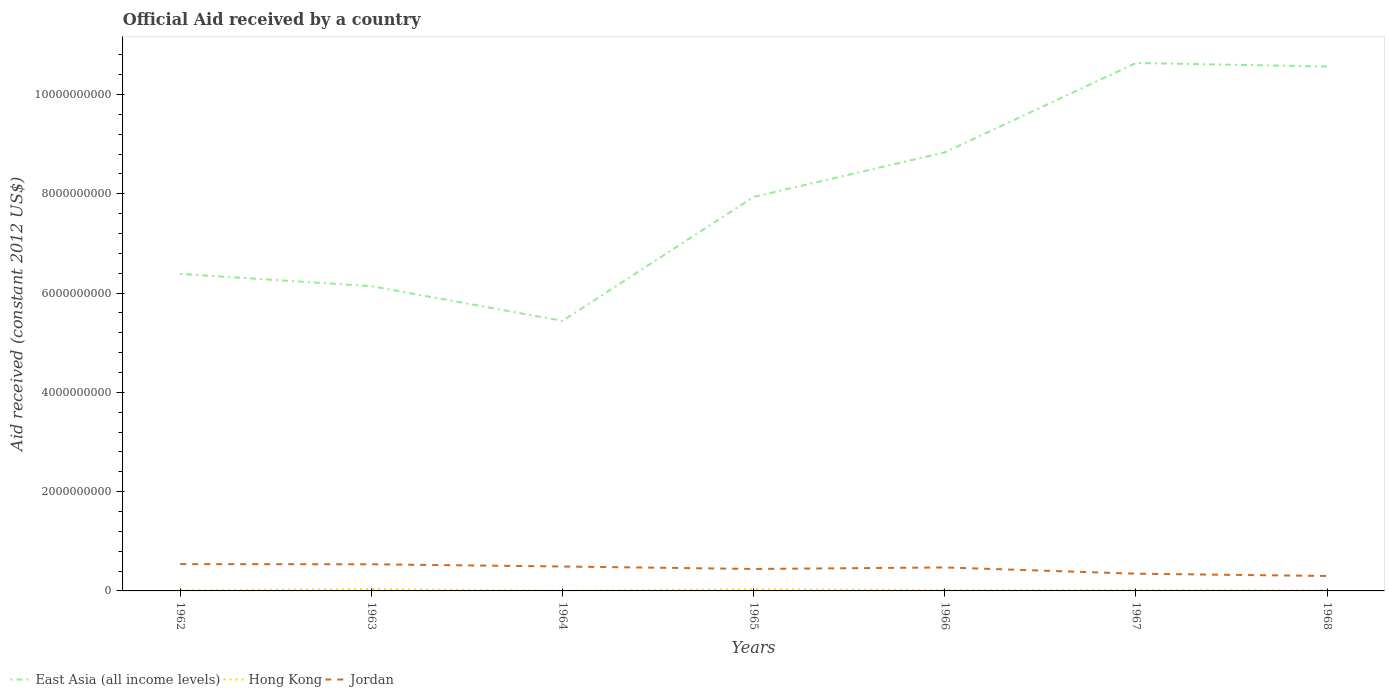
| Years | East Asia (all income levels) | Hong Kong | Jordan |
 | --- | --- | --- | --- |
 | 1962 | 6.39e+09 | 1.08e+07 | 5.4e+08 |
 | 1963 | 6.14e+09 | 3.7e+07 | 5.37e+08 |
 | 1964 | 5.44e+09 | 2.08e+06 | 4.92e+08 |
 | 1965 | 7.94e+09 | 3.34e+07 | 4.42e+08 |
 | 1966 | 8.84e+09 | 1.55e+07 | 4.73e+08 |
 | 1967 | 1.06e+10 | 1.72e+07 | 3.47e+08 |
 | 1968 | 1.06e+10 | 8.51e+06 | 3.01e+08 |